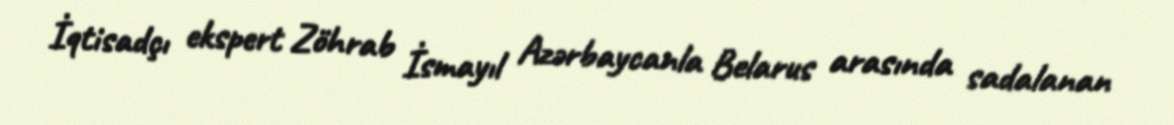
İqtisadçı ekspert Zöhrab İsmayıl Azərbaycanla Belarus arasında sadalanan